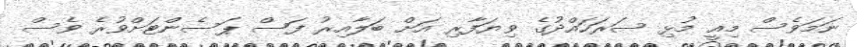
ނަމަވެސް މިއީ މުޅި ސަރަހައްދުގެ ވިޔަފާރި އަށް ބަލާއިރު ފަސް ޕަސެންޓަށްވުރެ ވެސް